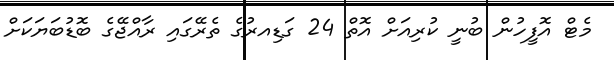
މެޓް އޮފީހުން ބުނީ ކުރިއަށް އޮތް 24 ގަޑިއރުގެ ތެރޭގައި ރާއްޖޭގެ ބޮޑުބަޔަކަށް